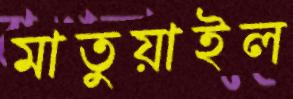
মাতুয়াইল